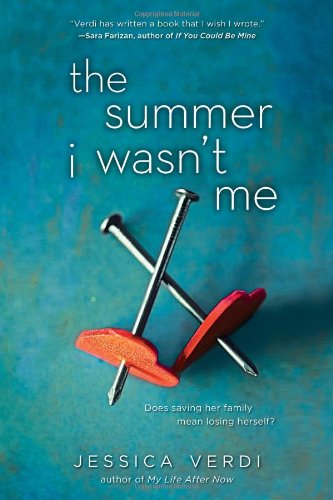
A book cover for The Summer I Wasn't Me; Jessica Verdi; Gay & Lesbian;